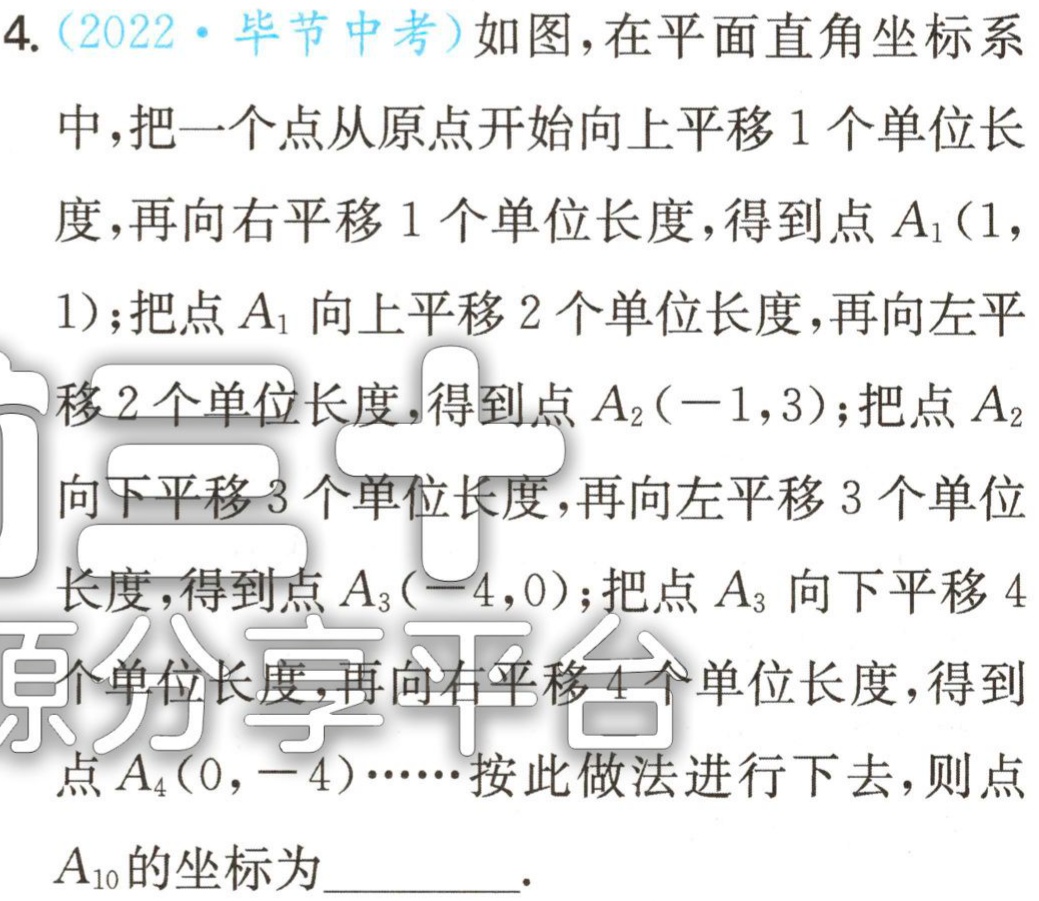
4.（2022·毕节中考）如图，在平面直角坐标系

中，把一个点从原点开始向上平移1个单位长

度，再向右平移1个单位长度，得到点$A_{1}(1,$

1)；把点$A_{1}$向上平移2个单位长度，再向左平

移2个单位长度，得到点$A_{2}(-1,3)$；把点$A_{2}$

向下平移3个单位长度，再向左平移3个单位

长度，得到点$A_{3}(-4,0)$；把点$A_{3}$向下平移4

个单位长度，再向右平移4个单位长度，得到

点$A_{4}(0,-4)\cdots \cdots $按此做法进行下去，则点

$A_{10}$的坐标为 .